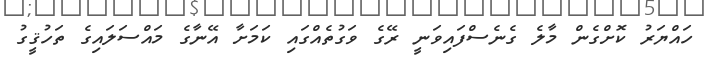
ހައްޔަރު ކޮށްގެން މާލެ ގެނެސްފައިވަނީ ރޭގެ ވަގުތެއްގައި ކަމަށާ އޭނާގެ މައްސަލައިގެ ތަހުޤީގު